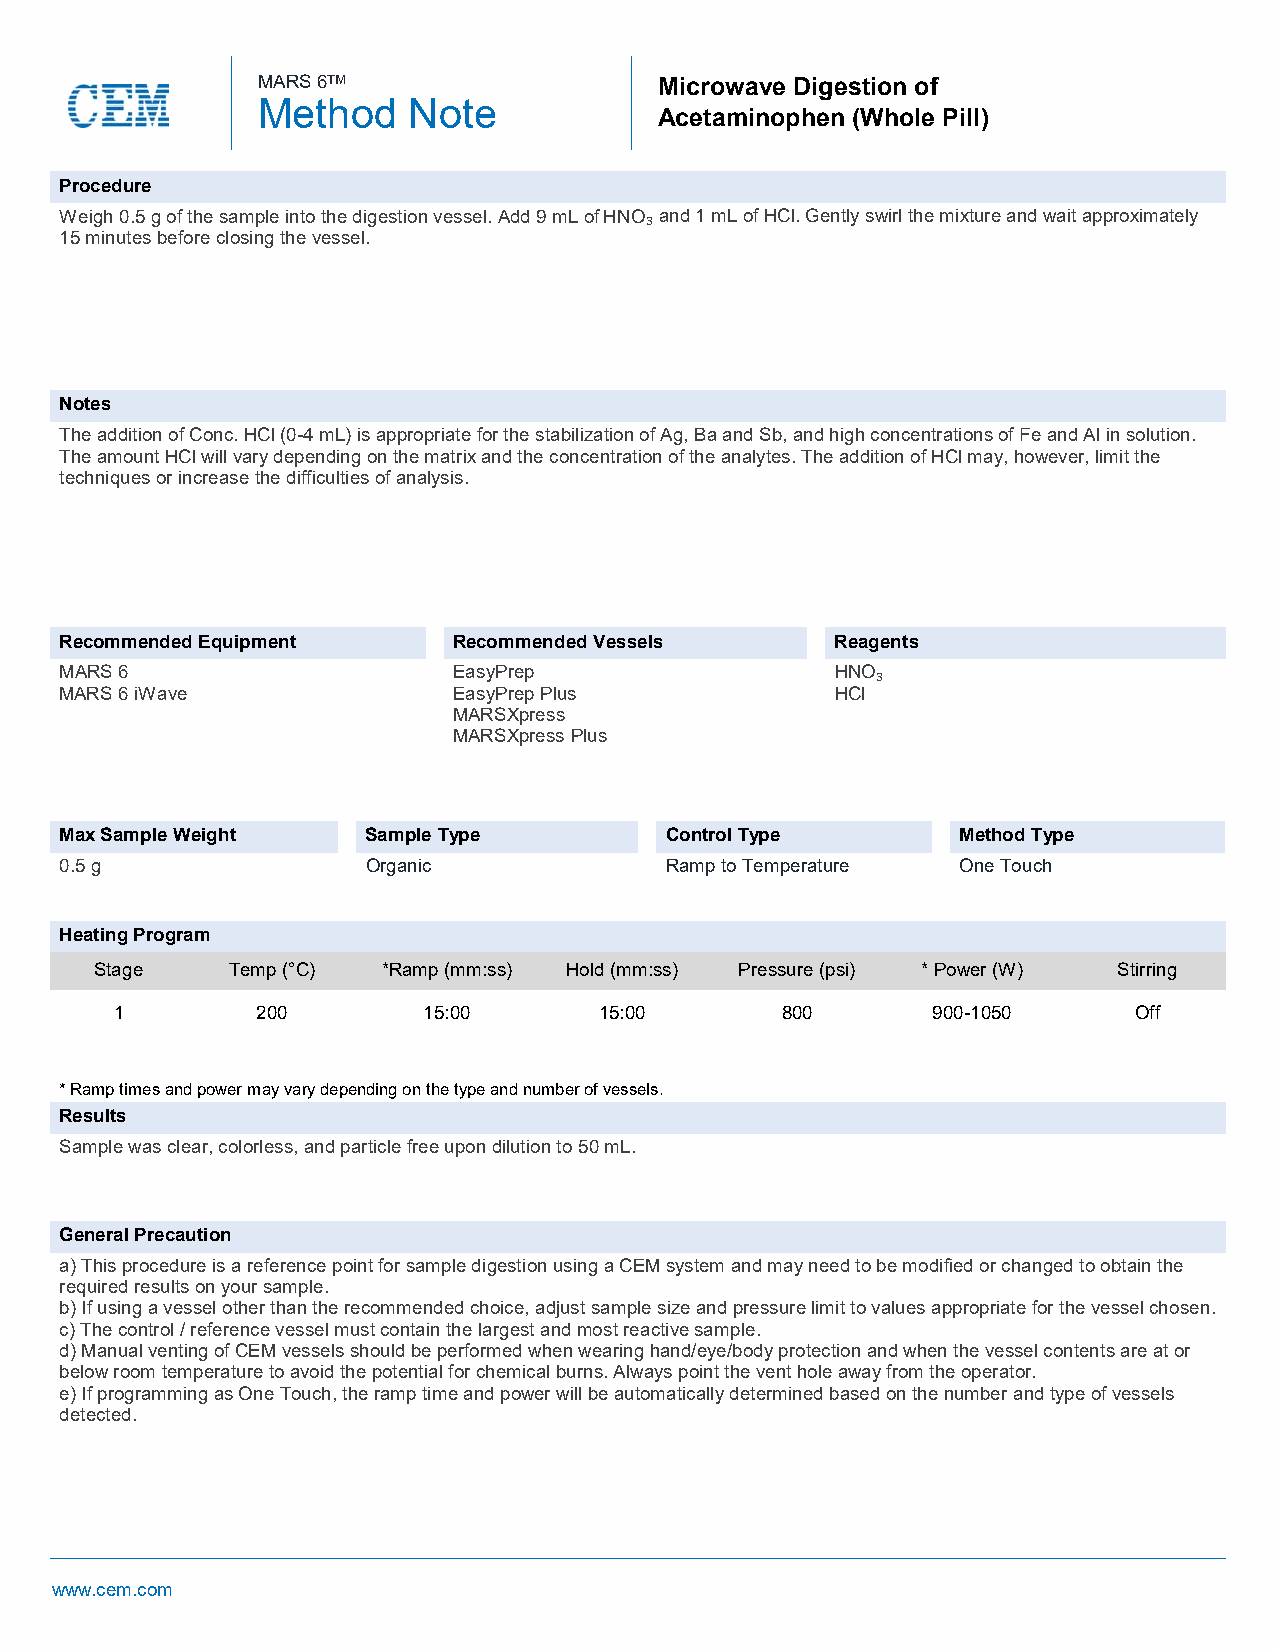
MARS 6ᵀᴹ                   Microwave Digestion of
 Method    Note
 Acetaminophen (Whole Pill)
 Procedure
 Weigh 0.5 g of the sample into the digestion vessel. Add 9 mL of HNO₃ and 1 mL of HCl. Gently swirl the mixture and wait approximately
 15 minutes before closing the vessel.
 Notes
 The addition of Conc. HCl (0-4 mL) is appropriate for the stabilization of Ag, Ba and Sb, and high concentrations of Fe and Al in solution.
 The amount HCl will vary depending on the matrix and the concentration of the analytes. The addition of HCl may, however, limit the
 techniques or increase the difficulties of analysis.
 Recommended Equipment     Recommended Vessels      Reagents
 MARS 6                    EasyPrep                 HNO₃
 MARS 6 iWave              EasyPrep Plus            HCl
 MARSXpress
 MARSXpress Plus
 Max Sample Weight   Sample Type         Control Type        Method Type
 0.5 g               Organic             Ramp to Temperature One Touch
 Heating Program
 Stage    Temp (°C) *Ramp (mm:ss) Hold (mm:ss) Pressure (psi) * Power (W) Stirring
 1        200        15:00       15:00       800       900-1050     Off
 * Ramp times and power may vary depending on the type and number of vessels.
 Results
 Sample was clear, colorless, and particle free upon dilution to 50 mL.
 General Precaution
 a) This procedure is a reference point for sample digestion using a CEM system and may need to be modified or changed to obtain the
 required results on your sample.
 b) If using a vessel other than the recommended choice, adjust sample size and pressure limit to values appropriate for the vessel chosen.
 c) The control / reference vessel must contain the largest and most reactive sample.
 d) Manual venting of CEM vessels should be performed when wearing hand/eye/body protection and when the vessel contents are at or
 below room temperature to avoid the potential for chemical burns. Always point the vent hole away from the operator.
 e) If programming as One Touch, the ramp time and power will be automatically determined based on the number and type of vessels
 detected.
 www.cem.com